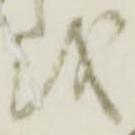
越